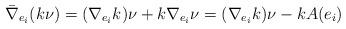
LaTeX: \begin{align*}\bar\nabla_{e_i}(k\nu)=(\nabla_{e_i}k)\nu+k\nabla_{e_i}\nu=(\nabla_{e_i}k)\nu-kA(e_i)\end{align*}